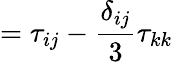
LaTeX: =\tau_{ij}-\frac{\delta_{ij}}{3}\tau_{kk}